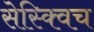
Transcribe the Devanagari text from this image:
सेस्क्विच